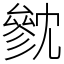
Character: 㓄